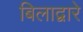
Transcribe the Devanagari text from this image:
बिलाद्वारे